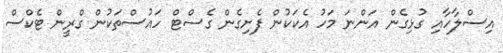
އިސްލާހާއި ގުޅިގެން އަންނަ މަހު އެކަކުން ފެށިގެން ގެސްޓް ހައުސްތަކުން ގްރީން ޓެކްސް